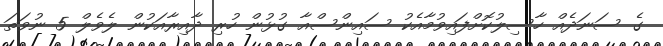
ގެ ސަނަދެއް ހާސިލުކޮށްފައިވުމާއެކު ސައިންސްއާ ގުޅުން ހުރި ދާއިރާއަކުން ލެވެލް 5 ނުވަތަ